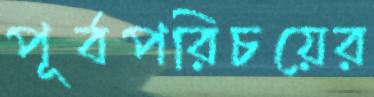
পূর্বপরিচয়ের